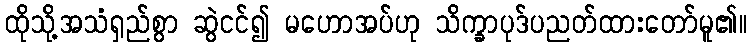
ထိုသို့အသံရှည်စွာ ဆွဲငင်၍ မဟောအပ်ဟု သိက္ခာပုဒ်ပညတ်ထားတော်မူ၏။